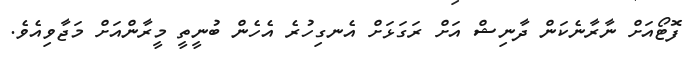
ފޮޓޯއަށް ނާރާނެކަން ދާނިޝް އަށް ރަގަޅަށް އެނގިހުރެ އެހެން ބުނީތީ މީރާންއަށް މަޖާވިއެވެ.